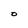
Character: O